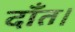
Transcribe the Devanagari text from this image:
दाँत।